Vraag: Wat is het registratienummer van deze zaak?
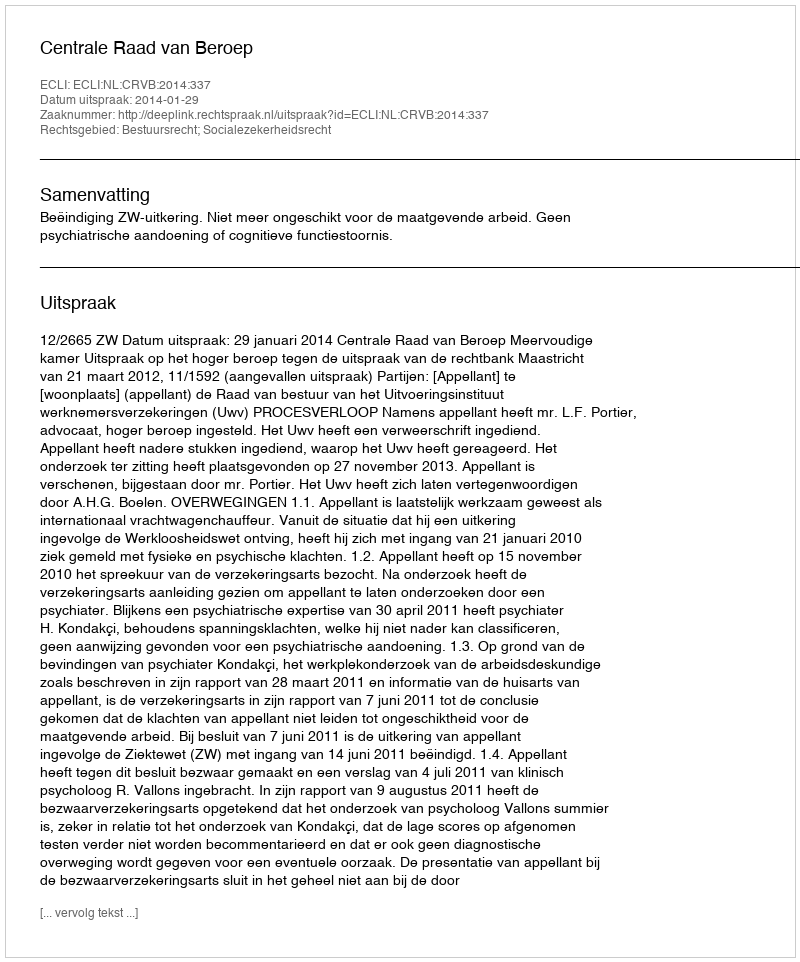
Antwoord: http://deeplink.rechtspraak.nl/uitspraak?id=ECLI:NL:CRVB:2014:337